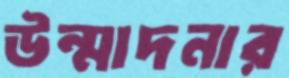
উন্মাদনার